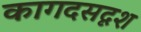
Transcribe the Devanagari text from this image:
कागदसदृश